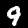
Digit: 9